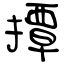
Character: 撢